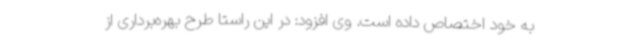
به خود اختصاص داده است. وی افزود: در این راستا طرح بهره‌برداری از